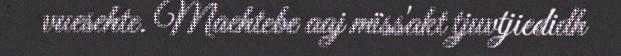
vuesehte. Maehtebe aaj mïss'akt tjuvtjiedidh